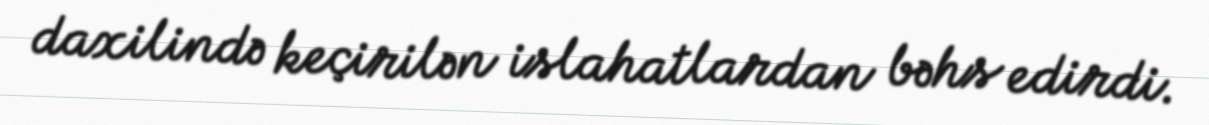
daxilində keçirilən islahatlardan bəhs edirdi.